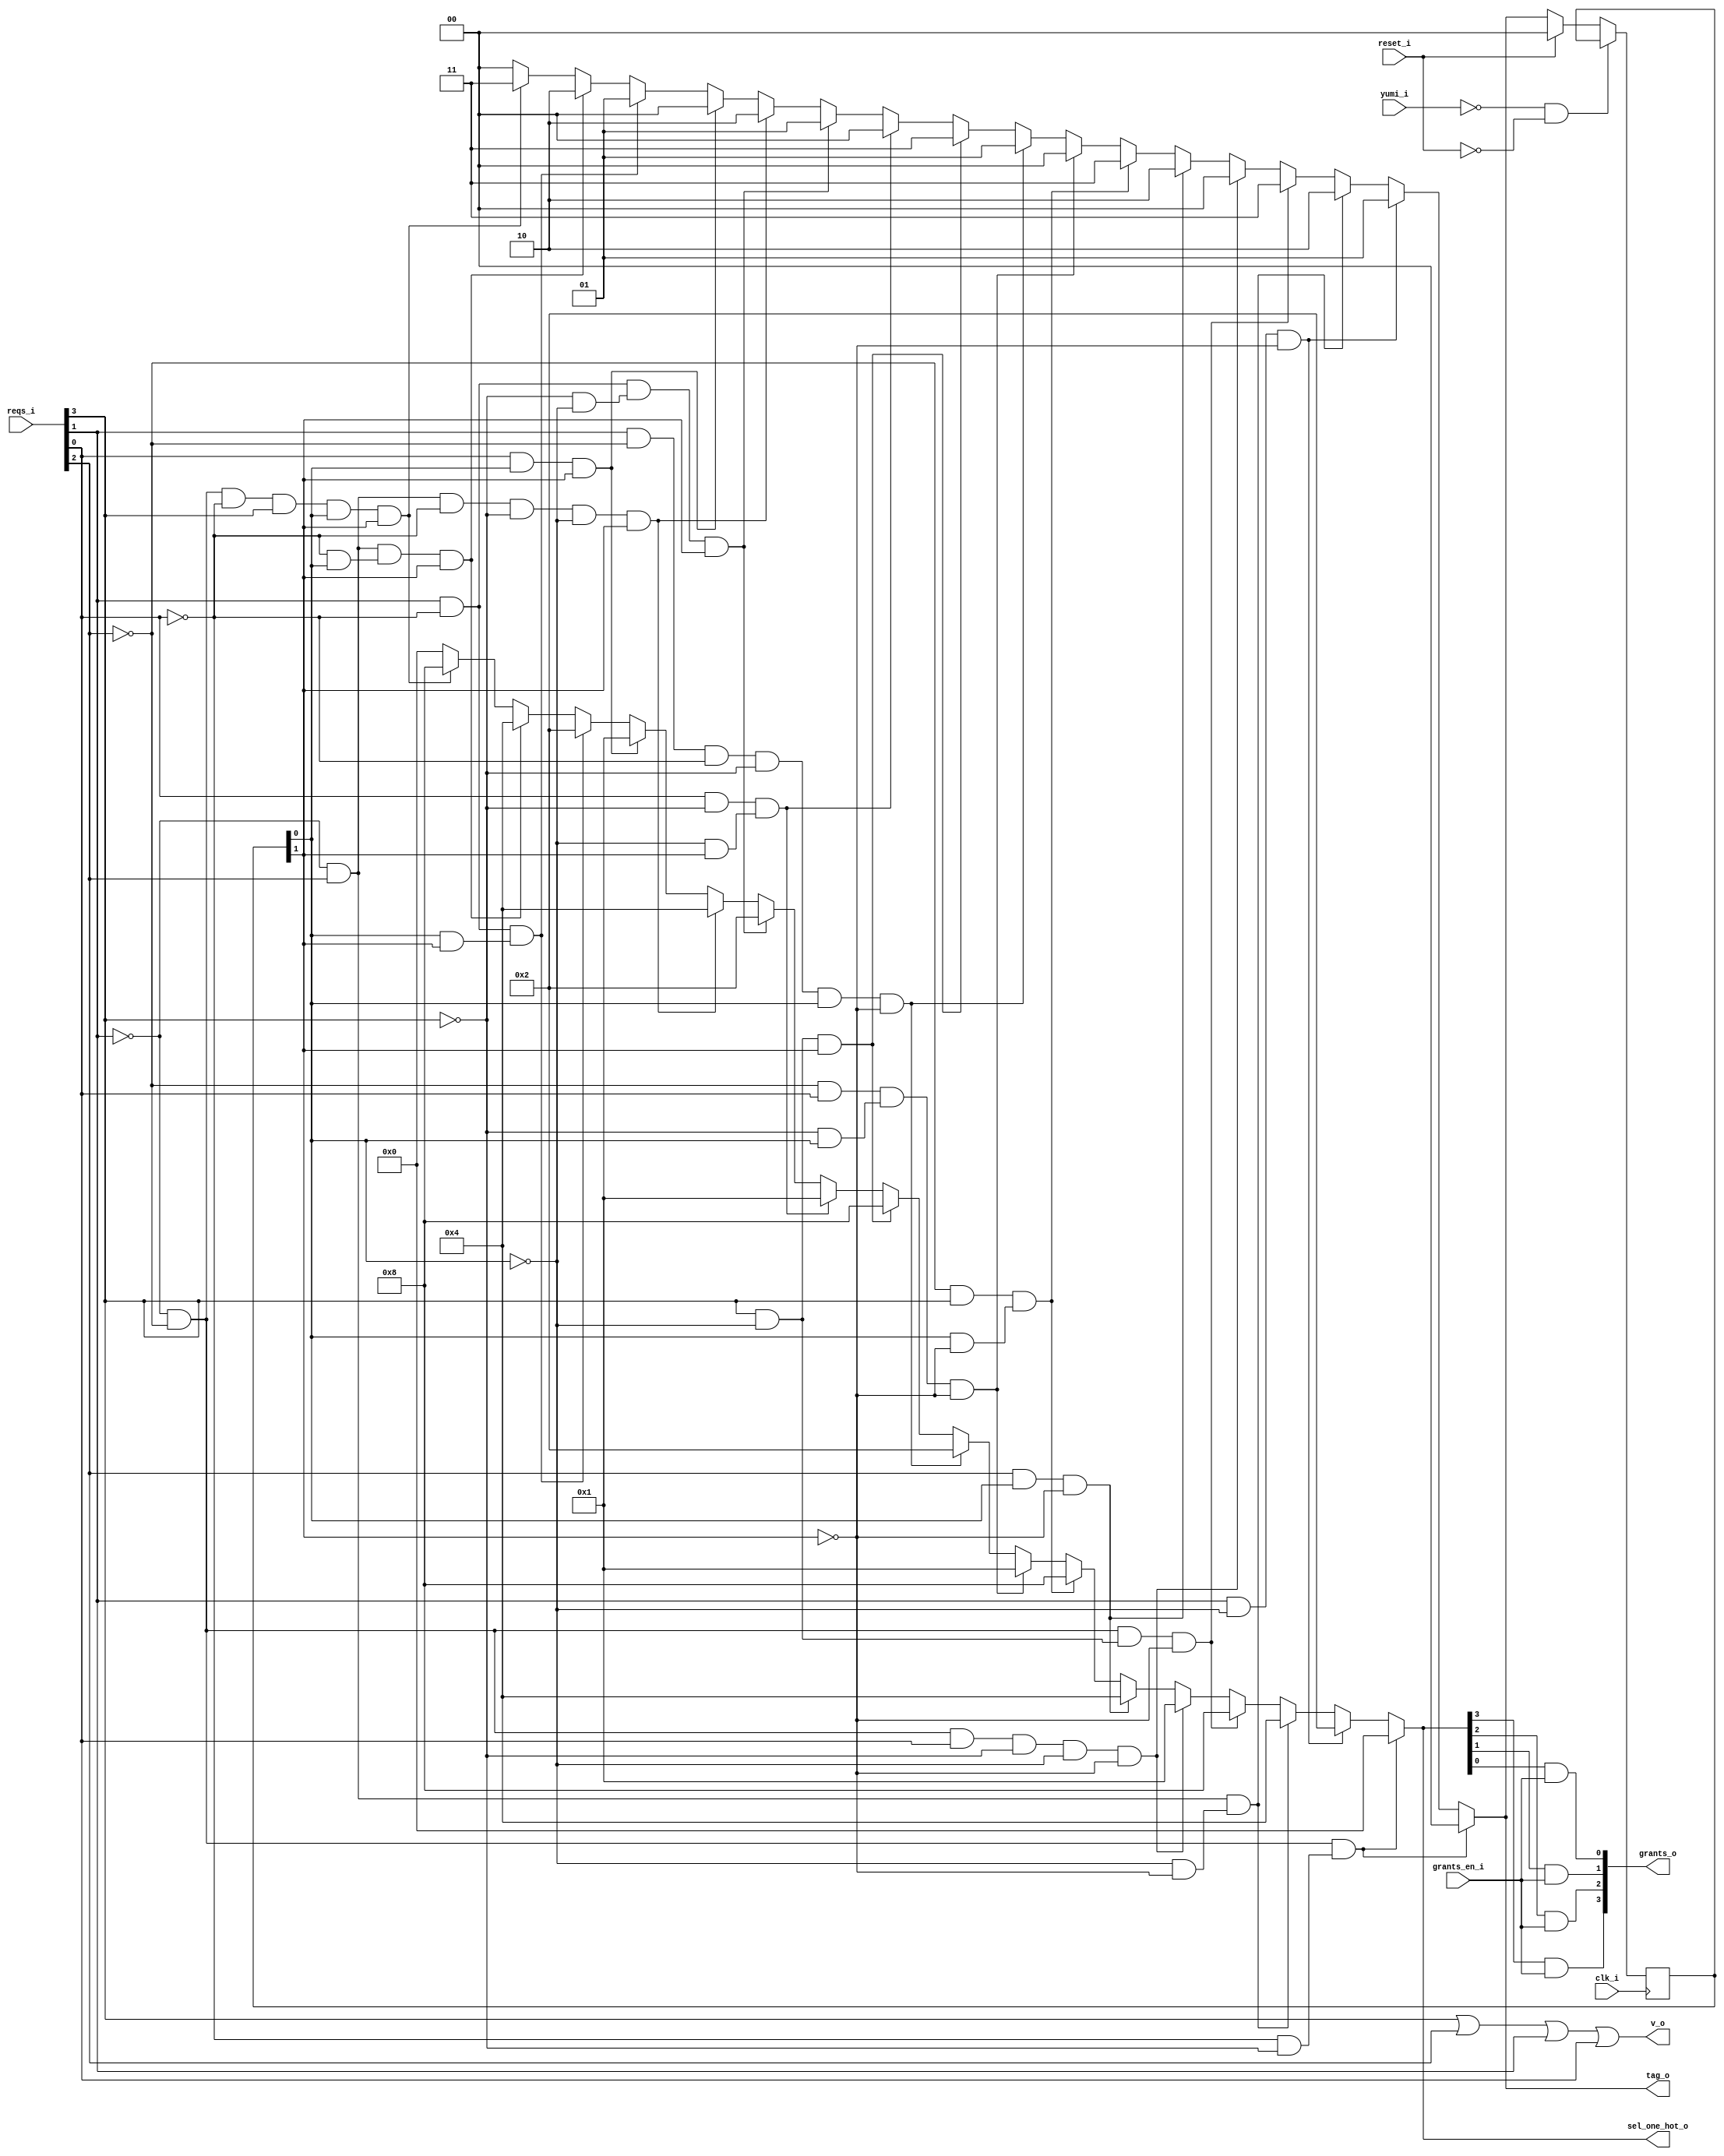
module bsg_round_robin_arb_inputs_p4
(
  clk_i,
  reset_i,
  grants_en_i,
  reqs_i,
  grants_o,
  sel_one_hot_o,
  v_o,
  tag_o,
  yumi_i
);

  input [3:0] reqs_i;
  output [3:0] grants_o;
  output [3:0] sel_one_hot_o;
  output [1:0] tag_o;
  input clk_i;
  input reset_i;
  input grants_en_i;
  input yumi_i;
  output v_o;
  wire [3:0] grants_o,sel_one_hot_o;
  wire [1:0] tag_o;
  wire v_o,N0,N1,N2,N3,N4,N5,N6,N7,N8,N9,N10,N11,N12,N13,N14,N15,N16,N17,N18,N19,N20,
  N21,N22,N23,N24,N25,N26,N27,N28,N29,N30,N31,N32,N33,N34,N35,N36,N37,N38,N39,N40,
  N41,N42,N43,N44,N45,N46,N47,N48,N49,N50,N51,N52,N53,N54,N55,N56,N57,N58,N59,N60,
  N61,N62,N63,N64,N65,N66,N67,N68,N69,N70,N71,N72,N73,N74,N75,N76,N77,N78,N79,N80,
  N81,N82,N83,N84,N85,N86,N87,N88,N89,N90,N91,N92,N93,N94,N95,N96,N97,N98,N99,N100,
  N101,N102,N103;
  reg [1:0] last_r;
  assign N79 = N0 & N1 & (N2 & N3);
  assign N0 = ~reqs_i[1];
  assign N1 = ~reqs_i[2];
  assign N2 = ~reqs_i[0];
  assign N3 = ~reqs_i[3];
  assign N80 = reqs_i[1] & N4 & N5;
  assign N4 = ~last_r[0];
  assign N5 = ~last_r[1];
  assign N81 = N6 & reqs_i[2] & (N7 & N8);
  assign N6 = ~reqs_i[1];
  assign N7 = ~last_r[0];
  assign N8 = ~last_r[1];
  assign N82 = N9 & N10 & (reqs_i[3] & N11) & N12;
  assign N9 = ~reqs_i[1];
  assign N10 = ~reqs_i[2];
  assign N11 = ~last_r[0];
  assign N12 = ~last_r[1];
  assign N13 = N17 & N18;
  assign N14 = N13 & reqs_i[0];
  assign N15 = N14 & N19;
  assign N16 = N15 & N20;
  assign N83 = N16 & N21;
  assign N17 = ~reqs_i[1];
  assign N18 = ~reqs_i[2];
  assign N19 = ~reqs_i[3];
  assign N20 = ~last_r[0];
  assign N21 = ~last_r[1];
  assign N84 = reqs_i[2] & last_r[0] & N22;
  assign N22 = ~last_r[1];
  assign N85 = N23 & reqs_i[3] & (last_r[0] & N24);
  assign N23 = ~reqs_i[2];
  assign N24 = ~last_r[1];
  assign N86 = N25 & reqs_i[0] & (N26 & last_r[0]) & N27;
  assign N25 = ~reqs_i[2];
  assign N26 = ~reqs_i[3];
  assign N27 = ~last_r[1];
  assign N28 = reqs_i[1] & N32;
  assign N29 = N28 & N33;
  assign N30 = N29 & N34;
  assign N31 = N30 & last_r[0];
  assign N87 = N31 & N35;
  assign N32 = ~reqs_i[2];
  assign N33 = ~reqs_i[0];
  assign N34 = ~reqs_i[3];
  assign N35 = ~last_r[1];
  assign N88 = reqs_i[3] & N36 & last_r[1];
  assign N36 = ~last_r[0];
  assign N89 = reqs_i[0] & N37 & (N38 & last_r[1]);
  assign N37 = ~reqs_i[3];
  assign N38 = ~last_r[0];
  assign N90 = reqs_i[1] & N39 & (N40 & N41) & last_r[1];
  assign N39 = ~reqs_i[0];
  assign N40 = ~reqs_i[3];
  assign N41 = ~last_r[0];
  assign N42 = N46 & reqs_i[2];
  assign N43 = N42 & N47;
  assign N44 = N43 & N48;
  assign N45 = N44 & N49;
  assign N91 = N45 & last_r[1];
  assign N46 = ~reqs_i[1];
  assign N47 = ~reqs_i[0];
  assign N48 = ~reqs_i[3];
  assign N49 = ~last_r[0];
  assign N92 = reqs_i[0] & last_r[0] & last_r[1];
  assign N93 = reqs_i[1] & N50 & (last_r[0] & last_r[1]);
  assign N50 = ~reqs_i[0];
  assign N94 = N51 & reqs_i[2] & (N52 & last_r[0]) & last_r[1];
  assign N51 = ~reqs_i[1];
  assign N52 = ~reqs_i[0];
  assign N53 = N57 & N58;
  assign N54 = N53 & N59;
  assign N55 = N54 & reqs_i[3];
  assign N56 = N55 & last_r[0];
  assign N95 = N56 & last_r[1];
  assign N57 = ~reqs_i[1];
  assign N58 = ~reqs_i[2];
  assign N59 = ~reqs_i[0];
  assign sel_one_hot_o = (N60)? { 1'b0, 1'b0, 1'b0, 1'b0 } :
                         (N61)? { 1'b0, 1'b0, 1'b1, 1'b0 } :
                         (N62)? { 1'b0, 1'b1, 1'b0, 1'b0 } :
                         (N63)? { 1'b1, 1'b0, 1'b0, 1'b0 } :
                         (N64)? { 1'b0, 1'b0, 1'b0, 1'b1 } :
                         (N65)? { 1'b0, 1'b1, 1'b0, 1'b0 } :
                         (N66)? { 1'b1, 1'b0, 1'b0, 1'b0 } :
                         (N67)? { 1'b0, 1'b0, 1'b0, 1'b1 } :
                         (N68)? { 1'b0, 1'b0, 1'b1, 1'b0 } :
                         (N69)? { 1'b1, 1'b0, 1'b0, 1'b0 } :
                         (N70)? { 1'b0, 1'b0, 1'b0, 1'b1 } :
                         (N71)? { 1'b0, 1'b0, 1'b1, 1'b0 } :
                         (N72)? { 1'b0, 1'b1, 1'b0, 1'b0 } :
                         (N73)? { 1'b0, 1'b0, 1'b0, 1'b1 } :
                         (N74)? { 1'b0, 1'b0, 1'b1, 1'b0 } :
                         (N75)? { 1'b0, 1'b1, 1'b0, 1'b0 } :
                         (N76)? { 1'b1, 1'b0, 1'b0, 1'b0 } : 1'b0;
  assign N60 = N79;
  assign N61 = N80;
  assign N62 = N81;
  assign N63 = N82;
  assign N64 = N83;
  assign N65 = N84;
  assign N66 = N85;
  assign N67 = N86;
  assign N68 = N87;
  assign N69 = N88;
  assign N70 = N89;
  assign N71 = N90;
  assign N72 = N91;
  assign N73 = N92;
  assign N74 = N93;
  assign N75 = N94;
  assign N76 = N95;
  assign tag_o = (N60)? { 1'b0, 1'b0 } :
                 (N61)? { 1'b0, 1'b1 } :
                 (N62)? { 1'b1, 1'b0 } :
                 (N63)? { 1'b1, 1'b1 } :
                 (N64)? { 1'b0, 1'b0 } :
                 (N65)? { 1'b1, 1'b0 } :
                 (N66)? { 1'b1, 1'b1 } :
                 (N67)? { 1'b0, 1'b0 } :
                 (N68)? { 1'b0, 1'b1 } :
                 (N69)? { 1'b1, 1'b1 } :
                 (N70)? { 1'b0, 1'b0 } :
                 (N71)? { 1'b0, 1'b1 } :
                 (N72)? { 1'b1, 1'b0 } :
                 (N73)? { 1'b0, 1'b0 } :
                 (N74)? { 1'b0, 1'b1 } :
                 (N75)? { 1'b1, 1'b0 } :
                 (N76)? { 1'b1, 1'b1 } : 1'b0;
  assign { N99, N98 } = (N77)? { 1'b0, 1'b0 } :
                        (N78)? tag_o : 1'b0;
  assign N77 = reset_i;
  assign N78 = N97;
  assign grants_o[3] = sel_one_hot_o[3] & grants_en_i;
  assign grants_o[2] = sel_one_hot_o[2] & grants_en_i;
  assign grants_o[1] = sel_one_hot_o[1] & grants_en_i;
  assign grants_o[0] = sel_one_hot_o[0] & grants_en_i;
  assign v_o = N103 | reqs_i[0];
  assign N103 = N102 | reqs_i[1];
  assign N102 = reqs_i[3] | reqs_i[2];
  assign N96 = ~yumi_i;
  assign N97 = ~reset_i;
  assign N100 = N96 & N97;
  assign N101 = ~N100;

  always @(posedge clk_i) begin
    if(N101) begin
      { last_r[1:0] } <= { N99, N98 };
    end
  end


endmodule